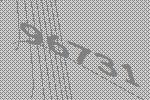
96731